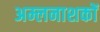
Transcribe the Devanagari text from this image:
अम्लनाशकों